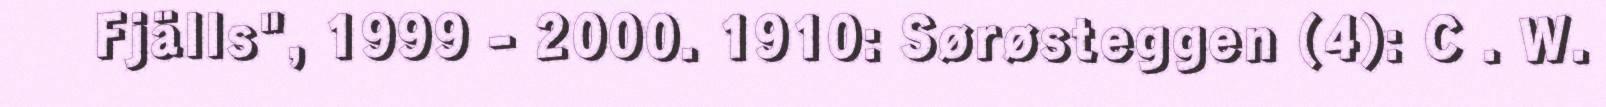
Fjälls", 1999 - 2000. 1910: Sørøsteggen (4): C . W.